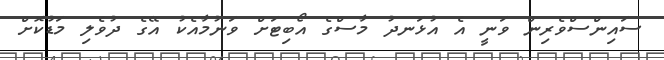
ސައިންސްވެރިން ވަނީ އެ އުޅަނދު މާސްގެ އޯބިޓަށް ވަނުމާއެކު އޭގެ ދުވެލި މަޑުކޮށް